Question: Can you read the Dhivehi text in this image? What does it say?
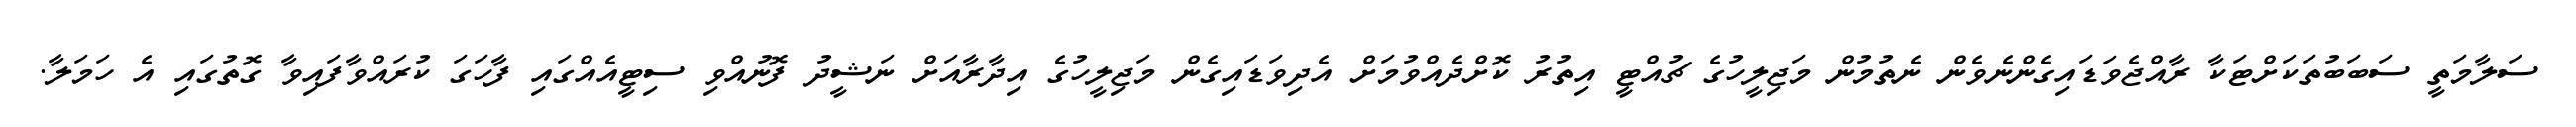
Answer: ސަލާމަތީ ސަބަބުތަކަށްޓަކާ ރާއްޖެވަޑައިގެންނެވެން ނެތުމުން މަޖިލީހުގެ ޗުއްޓީ އިތުރު ކޮށްދެއްވުމަށް އެދިވަޑައިގެން މަޖިލީހުގެ އިދާރާއަށް ނަޝީދު ފޮނުއްވި ސިޓީއެއްގައި ފާހަގަ ކުރައްވާފައިވާ ގޮތުގައި އެ ހަމަލާ.